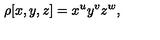
\rho [ x , y , z ] = x ^ { u } y ^ { v } z ^ { w } ,